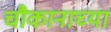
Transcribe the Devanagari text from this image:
चौकानाच्या